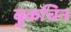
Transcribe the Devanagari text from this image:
बुकचिन